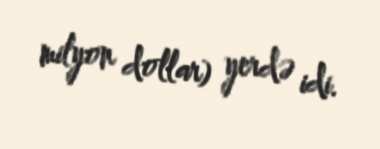
milyon dollar) yerdə idi.